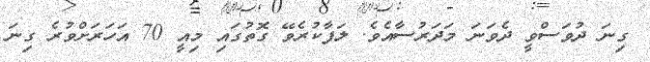
ގިނަ ދުވަސްވީ ދެވަނަ މަދަރުސާއެވެ. ލަފާކުރެވޭ ގޮތުގައި މިއީ 70 އަހަރަށްވުރެ ގިނަ